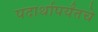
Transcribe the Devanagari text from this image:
पदार्थापर्यंतचे